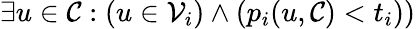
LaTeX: \exists u\in\mathcal{C}:(u\in\mathcal{V}_{i})\land(p_{i}(u,\mathcal{C})<t_{i}))